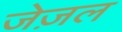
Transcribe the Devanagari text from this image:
जेज़ल